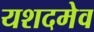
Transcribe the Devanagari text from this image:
यशदमेव